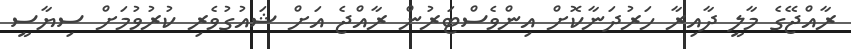
ރާއްޖޭގެ މާލީ ދާއިރާ ހަރުދަނާކޮށް އިންވެސްޓަރުން ރާއްޖެ އަށް ޝައުގުވެރި ކުރުވުމަށް ސިޔާސީ